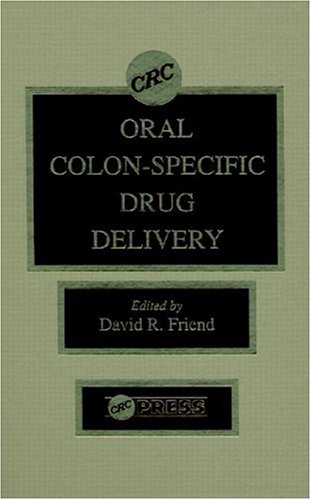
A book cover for Oral Colon-Specific Drug Delivery; David R. Friend; Medical Books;